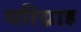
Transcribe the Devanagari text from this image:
परिग्राह